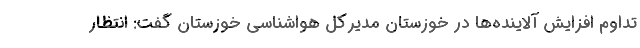
تداوم افزایش آلاینده‌ها در خوزستان مدیرکل هواشناسی خوزستان گفت: انتظار